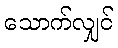
သောက်လျှင်